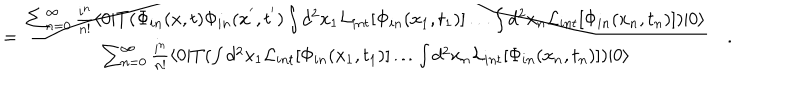
LaTeX: = \frac { \sum _ { n = 0 } ^ { \infty } \frac { i ^ { n } } { n ! } \langle 0 | T ( \Phi _ { i n } ( x , t ) \Phi _ { i n } ( x ^ { ' } , t ^ { ' } ) \int d ^ { 2 } x _ { 1 } { \cal L } _ { i n t } [ \Phi _ { i n } ( x _ { 1 } , t _ { 1 } ) ] \dots \int d ^ { 2 } x _ { n } { \cal L } _ { i n t } [ \Phi _ { i n } ( x _ { n } , t _ { n } ) ] ) | 0 \rangle } { \sum _ { n = 0 } ^ { \infty } \frac { i ^ { n } } { n ! } \langle 0 | T ( \int d ^ { 2 } x _ { 1 } { \cal L } _ { i n t } [ \Phi _ { i n } ( x _ { 1 } , t _ { 1 } ) ] \dots \int d ^ { 2 } x _ { n } { \cal L } _ { i n t } [ \Phi _ { i n } ( x _ { n } , t _ { n } ) ] ) | 0 \rangle } \quad .